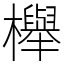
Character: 櫸